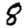
Digit: 8